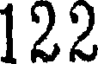
122